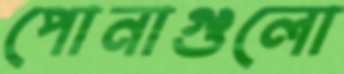
পোনাগুলো